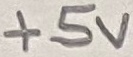
Text: +5V